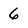
Character: 6